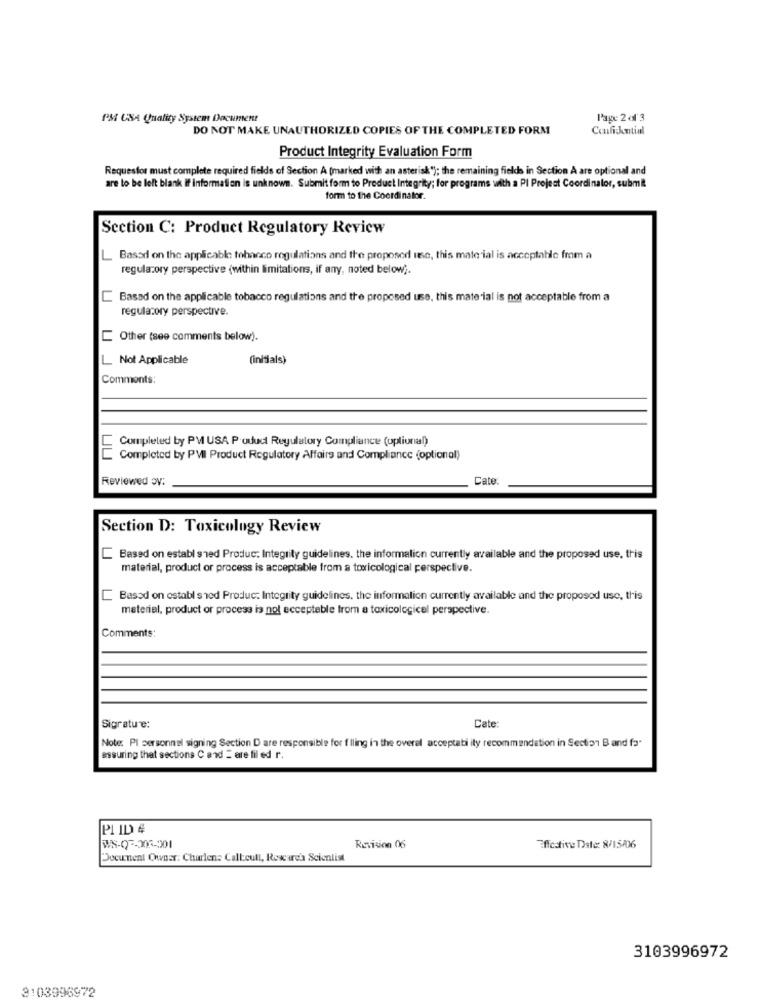
PM USA Quality System Document
Page 2 of 3
DO NOT MAKE UNAUTHORIZED COPIES OF THE COMPLETED FORM
Confickmtial
Product Integrity Evaluation Form
Requestor must complete required fields of Section A (marked with an asterisk"); the remaining fields in Section A are optional and
are to be left blank if information is unknown. Submit form to Product Integrity; for programs with a PI Project Coordinator, submit
form to the Coordinator.
Section C: Product Regulatory Review
L Based on the applicable tobacco regulations and the proposed ite, this material is acceptable from a
regulatory perspective (within limitations, if any, noted below).
Based on the applicable tobacco regulations and the proposed use, this material is not acceptable from a
regulatory perspective.
Other (see comments below).
L Not Applicable
(initials)
Comments:
Completed by PM USA Poduct Regulatory Compliance (optional)
Completed by PVI Product Regulatory Affairs and Compliance (optional)
Reviewed av:
Cate
Section D: Toxicology Review
Based on establ shed Produc: Integrity guidelines. the information currently available and the proposed use, this
material, product or process is acceptable from a toxicological perspective.
Based on establ shed Produc: Integrity guidelines. the information currently available and the proposed use, this
material, product or process is not acceptable trom a toxicological perspective.
Comments:
Cate
Sigrature:
Note: Pl personnel signing Section D are responsible for f lling in the overel acceptabi ity recommendation in Section Band fa-
assuring that sections C and = are fil ed r.
PI ID #
WS-07-207-201
Revision 06
Effective Date: 8/15/06
Document Owner. Charlene Call.cull, Rowcarch Scientist
3103996972
3103996972